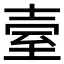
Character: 𦤼